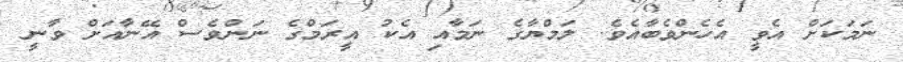
ނަމަކަށް އެވީ އެހެންވެބާއެވެ. ލަމްޔާގެ ނަމާއި އެކު އީރަމްގެ ނަންވެސް އޭނާއަށް ވާނީ